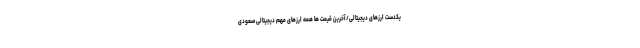
یکدست ارزهای دیجیتالی/آخرین قیمت ها همه ارزهای مهم دیجیتالی صعودی